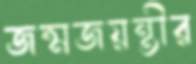
জন্মজয়ন্তীর